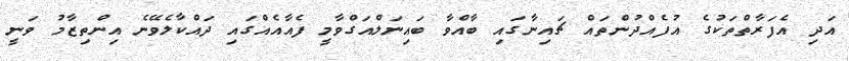
އަދި އެފަރާތްތަކުގެ އުފެއްދުންތައް ޗައިނާގައި ބާއްވާ ބައިނަލްއަގްވާމީ ފެއާއެއްގައި ދައްކާލެވޭނެ އިންތިޒާމު ވަނީ